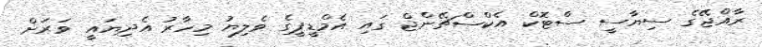
ރާއްޖޭގެ ސިޔާސީ ސްޓޮކް އެކްސްޗޭންޖް ގައި އެމްޑީޕީގެ ވެލިޔު މިހާރު އެދިޔައީ ވަރަށް